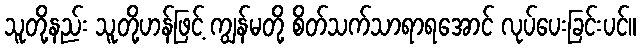
သူတို့နည်း သူတို့ဟန်ဖြင့် ကျွန်မတို့ စိတ်သက်သာရာရအောင် လုပ်ပေးခြင်းပင်။